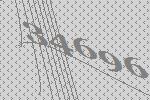
34696